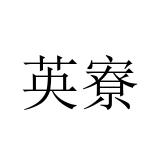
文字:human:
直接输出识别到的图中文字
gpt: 英寮